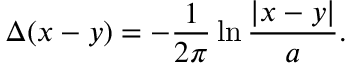
\Delta ( x - y ) = - \frac { 1 } { 2 \pi } \ln \frac { | x - y | } { a } .